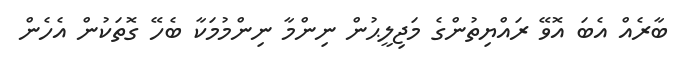
ބާރެއް އެބަ އޮވޭ ރައްޔިތުންގެ މަޖިލީޙުން ނިންމާ ނިންމުމަކާ ބެހޭ ގޮތަކުން އެހެން